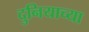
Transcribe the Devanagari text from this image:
दुनियाच्या